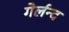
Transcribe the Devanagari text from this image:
गेर्लन्द